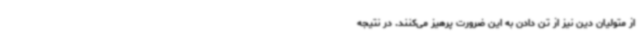
از متولیان دین نیز از تن دادن به این ضرورت پرهیز می‌کنند. در نتیجه